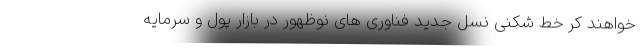
خواهند کر خط شکنی نسل جدید فناوری های نوظهور در بازار پول و سرمایه